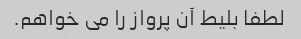
لطفا بلیط آن پرواز را می خواهم.